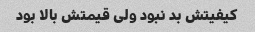
کیفیتش بد نبود ولی قیمتش بالا بود